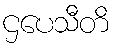
ဌပေသီတိ